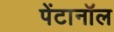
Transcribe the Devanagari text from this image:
पेंटानॉल